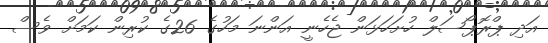
އަދި ޕްރޮޕޯސަލް ހުށަހަޅަން ޖެހެނީ އަންނަ މަހުގެ 26ގެ ކުރިން ކަމަށް ވެސް